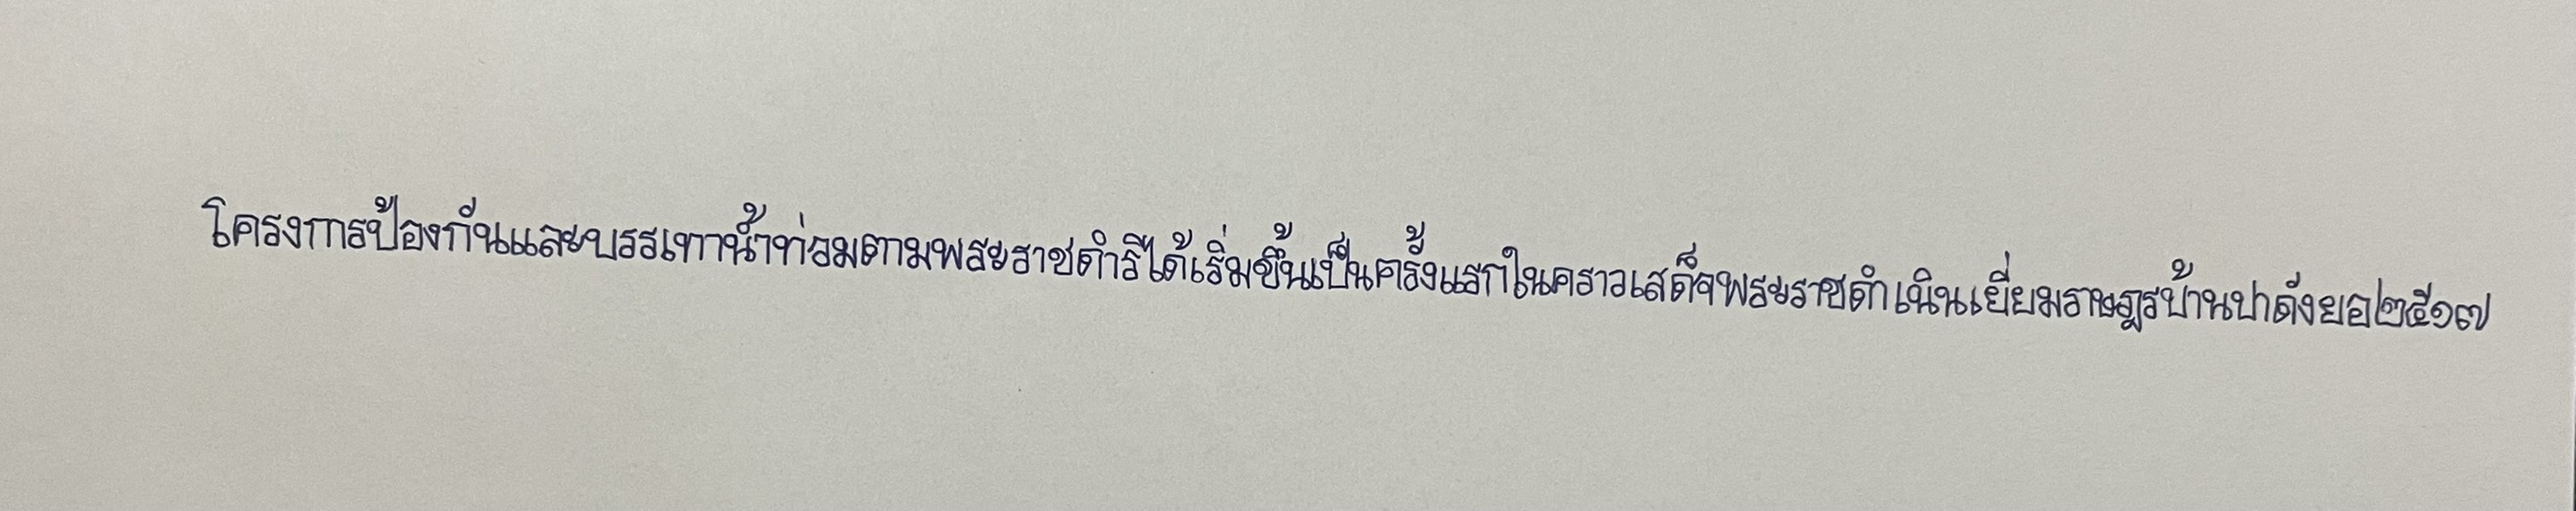
โครงการป้องกันและบรรเทาน้ำท่วมตามพระราชดำริได้เริ่มขึ้นเป็นครั้งแรกในคราวเสด็จพระราชดำเนินเยี่ยมราษฎรบ้านปาดังยอ๒๕๑๗